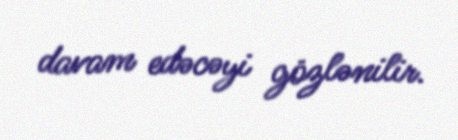
davam edəcəyi gözlənilir.